Lunatic asylums United Provinces 1899-1908 - 1899-1908
Year: 1899
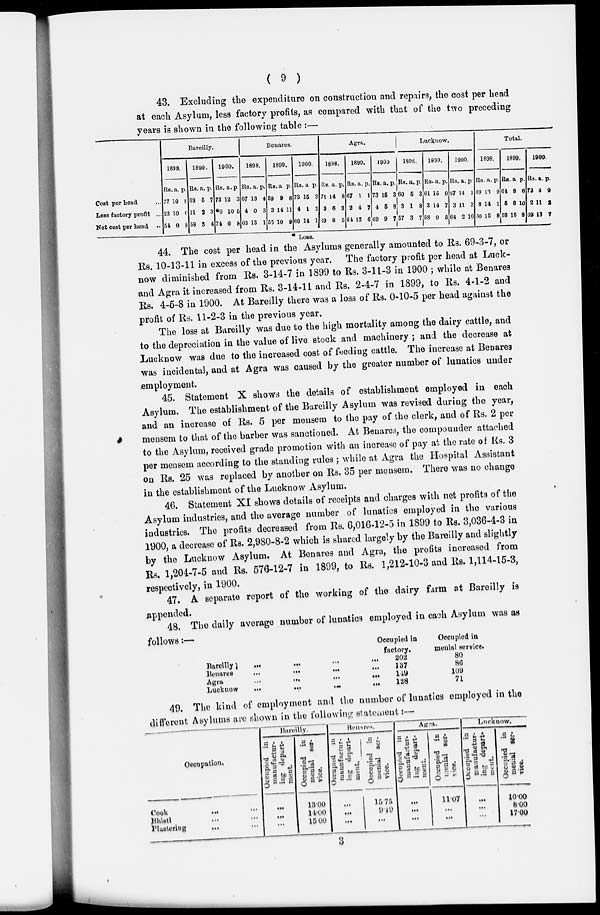
( 9 )
43. Excluding the expenditure on construction and repairs, the cost per head
at each Asylum, less factory profits, as compared with that of the two preceding
years is shown in the following table :—
Cost per head ...
Less factory profit ...
Net cost per head ...
Bareilly.
1898.
Rs
77
23
54
a.
10
10
0
p.
8
0
8
1899.
Rs
69
11
58
a.
5
2
3
p.
7
3
4
1900.
Rs.
73
*0
74
a.
12
10
6
p.
3
5
8
Benares.
1898.
Rs
67
4
63
a.
13
0
13
p.
4
3
1
1899.
Rs
59
3
55
a.
9
14
10
p.
8
11
9
1900.
Rs.
73
4
69
a.
15
1
14
p.
8
2
1
Agra.
1898.
Rs.
71
3
39
a.
14
6
8
p.
8
3
5
1809.
Rs
67
2
64
a.
1
4
12
p.
1
7
6
1900
Rs.
73
4
69
a.
15
5
9
p.
3
8
7
Lucknow.
1898.
Rs.
60
3
57
a.
5
1
3
p.
3
8
7
1899.
Rs
61
3
58
a.
15
14
0
p.
0
7
5
1900.
Rs.
67
3
64
a.
14
11
2
p.
1
3
10
Total.
1898.
Rs.
69
8
30
a.
13
14
15
p.
9
1
8
1899.
Rs.
64
5
58
a.
8
8
15
p.
6
10
8
1900.
Rs.
73
2
69
a.
8
11
13
p.
9
8
7
Loss.
44. The cost per head in the Asylums generally amounted to Rs. 69-3-7, or
Rs. 10-13-11 in excess of the previous year. The factory profit per head at Luck-
now diminished from Rs. 3-14-7 in 1899 to Rs. 3-11-3 in 1900 ; while at Benares
and Agra it increased from Rs. 3-14-11 and Rs. 2-4-7 in 1899, to Rs. 4-1-2 and
Rs. 4-6-8 in 1900. At Bareilly there was a loss of Rs. 0-10-5 per head against the
profit of Rs. 11-2-3 in the previous year.
The loss at Bareilly was due to the high mortality among the dairy cattle, and
to the depreciation in the value of live stock and machinery; and the decrease at
Lucknow was due to the increased cost of feeding cattle. The increase at Benares
was incidental, and at Agra was caused by the greater number of lunatics under
employment.
45. Statement X shows the details of establishment employed in each
Asylum. The establishment of the Bareilly Asylum was revised during the year,
and an increase of Rs. 5 per mensem to the pay of the clerk, and of Rs. 2 per
mensem to that of the barber was sanctioned. At Benares, the compounder attached
to the Asylum, received grade promotion with an increase of pay at the rate of Rs. 3
per mensem according to the standing rules ; while at Agra the Hospital Assistant
on Rs. 25 was replaced by another on Rs. 35 per mensem. There was no change
in the establishment of the Lucknow Asylum.
46. Statement XI shows details of receipts and charges with net profits of the
Asylum industries, and the average number of lunatics employed in the various
industries. The profits decreased from Rs. 6,016-12-5 in 1899 to Rs. 3,036-4-3 in
1900, a decrease of Rs. 2,980-8-2 which is shared largely by the Bareilly and slightly
by the Lucknow Asylum. At Benares and Agra, the profits increased from
Rs. 1,204-7-5 and Rs. 576-12-7 in 1899, to Rs. 1,212-10-3 and Rs. 1,114-15-3,
respectively, in 1900.
47. A separate report of the working of the dairy farm at Bareilly is
appended.
48. The daily average number of lunatics employed in each Asylum was as
follows :—
Bareilly
...
...
...
...
Benarea
...
...
...
...
Agra
...
...
...
...
Lucknow
...
...
...
...
Occupied in
factory.
202
137
149
128
Occupied in
menial service.
80
86
109
71
49. The kind of employment and the number of lunatics employed in the
different Asylums are shown in the following statement:—
Occupation.
Cook
...
...
Bhisti ... ...
Plastering ... ...
Bareilly.
Occupied in
manufactur-
ing depart-
ment.
...
...
...
Occupied in
menial ser-
vice.
13.00
14.00
15.00
Benares.
Occupied in
manufactur-
ing depart-
ment.
...
...
...
Occupied in
menial ser-
vice.
15.75
9.49
...
Agra.
Occupied n
manufactur-
ing depart-
ment.
...
...
...
Occupied in
menial ser-
vice.
11.07
...
...
Lucknow.
Occupied in
manufactur-
ing
depart-
ment
...
...
...
Occupied in
menial ser-
vice.
10.00
8.00
17.00
3